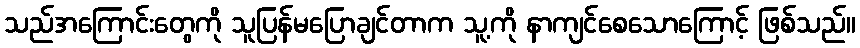
သည်အကြောင်းတွေကို သူပြန်မပြောချင်တာက သူ့ကို နာကျင်စေသောကြောင့် ဖြစ်သည်။